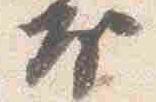
房